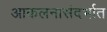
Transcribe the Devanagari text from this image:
आकलनासंदर्भात